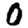
Digit: 0